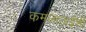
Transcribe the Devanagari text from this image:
कमलाताईंशी